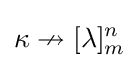
\displaystyle \kappa \nrightarrow [\lambda ]_{m}^{n}